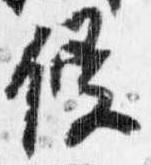
侵